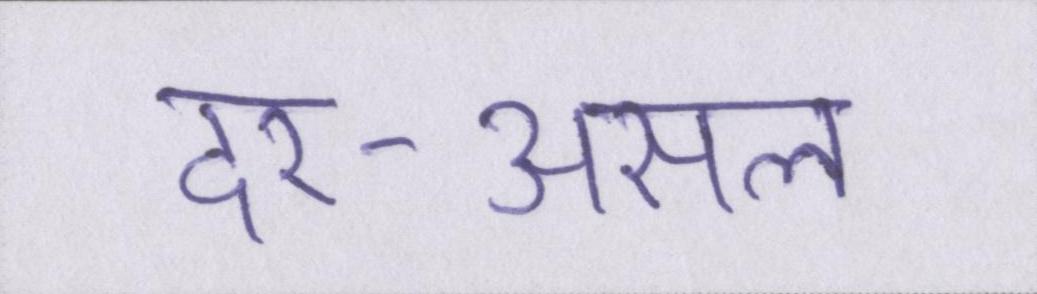
दर-असल